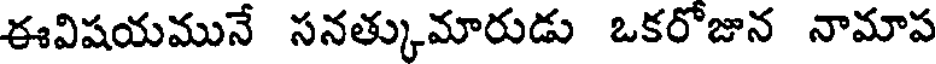
ఈవిషయమునే సనత్కుమారుడు ఒకరోజున నామాప